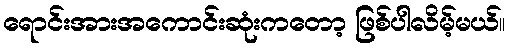
ရောင်းအားအကောင်းဆုံးကတော့ ဖြစ်ပါလိမ့်မယ်။